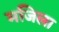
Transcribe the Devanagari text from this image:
मजिला